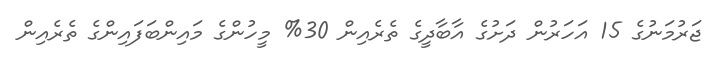
ޖަރުމަނުގެ 15 އަހަރުން ދަށުގެ އާބާދީގެ ތެރެއިން 30% މީހުންގެ މައިންބަފައިންގެ ތެރެއިން